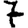
Digit: 7